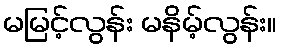
မမြင့်လွန်း မနိမ့်လွန်း။